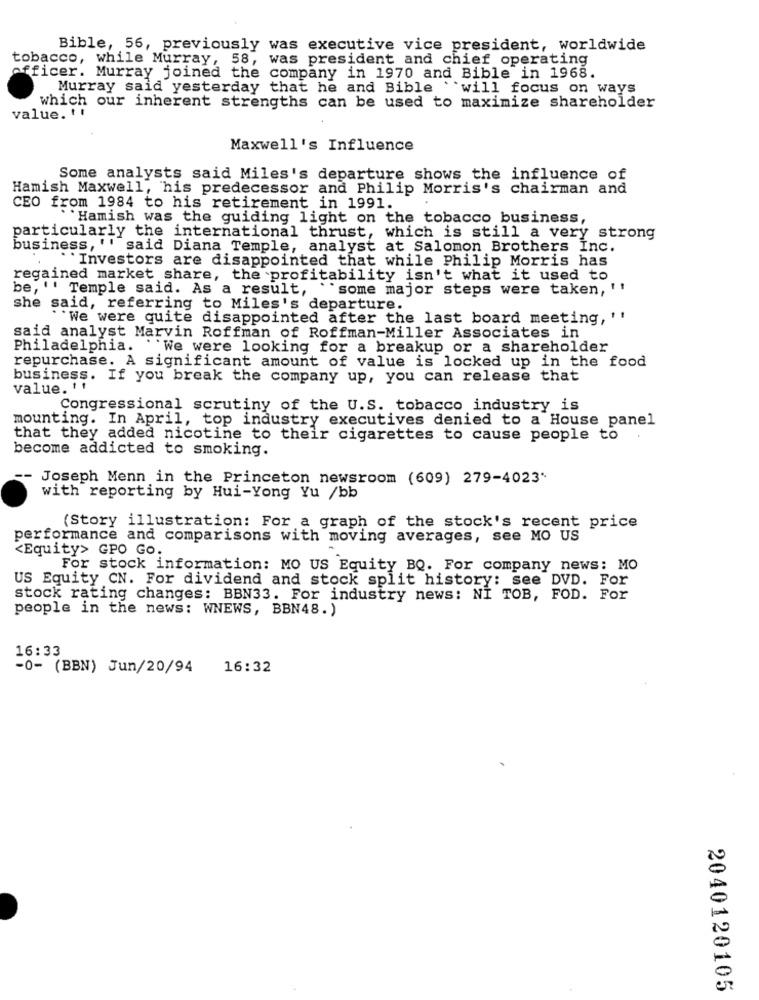
Bible, 56, previously was executive vice president, worldwide
tobacco, while Murray, 58, was president and chief operating
officer. Murray joined the company in 1970 and Bible in 1968.
Murray said yesterday that he and Bible will focus on ways
which our inherent strengths can be used to maximize shareholder
value. !!
Maxwell's Influence
Some analysts said Miles's departure shows the influence of
Hamish Maxwell, his predecessor and Philip Morris's chairman and
CEO from 1984 to his retirement in 1991.
``Hamish was the guiding light on the tobacco business,
particularly the international thrust, which is still a very strong
business, '' said Diana Temple, analyst at Salomon Brothers Inc.
``Investors are disappointed that while Philip Morris has
regained market share, the profitability isn't what it used to
be, '' Temple said. As a result,
"some major steps were taken, ''
she said, referring to Miles's departure.
"We were quite disappointed after the last board meeting, !!
said analyst Marvin Roffman of Roffman-Miller Associates in
Philadelphia.
``We were looking for a breakup or a shareholder
repurchase. A significant amount of value is locked up in the food
business. If you break the company up, you can release that
value. ' '
Congressional scrutiny of the U.S. tobacco industry is
mounting. In April, top industry executives denied to a House panel
that they added nicotine to their cigarettes to cause people to
become addicted to smoking.
Joseph Menn in the Princeton newsroom (609) 279-4023"
with reporting by Hui-Yong Yu /bb
(Story illustration: For a graph of the stock's recent price
performance and comparisons with moving averages, see MO US
<Equity> GPO Go.
For stock information: MO US Equity BQ. For company news: MO
US Equity CN. For dividend and stock split history: see DVD. For
stock rating changes: BBN33. For industry news: NI TOB, FOD. For
people in the news: WNEWS, BBN48.)
16:33
-0- (BBN) Jun/20/94 16:32
2040120105